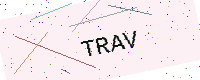
Text: TRAV